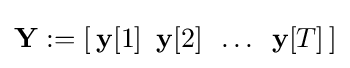
{\textstyle \mathbf {Y} :=[\,\mathbf {y} [1]\,\ \mathbf {y} [2]\,\ \dots \,\ \mathbf {y} [T]\,]}